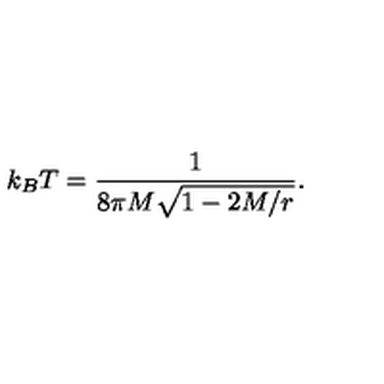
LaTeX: k _ { B } T = { \frac { 1 } { 8 \pi M \sqrt { 1 - 2 M / r } } } .